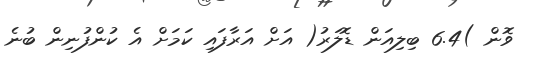
ވޮން )6.4 ބިލިއަން ޑޮލަރު( އަށް އަރާފައި ކަމަށް އެ ކުންފުނިން ބުނެ